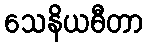
သေနိယဓီတာ